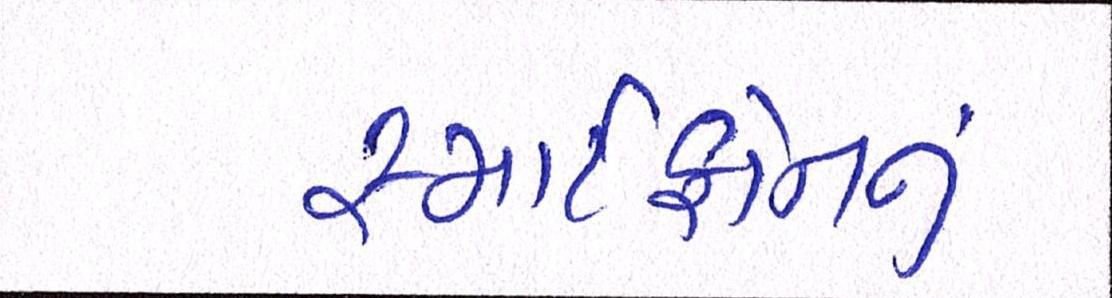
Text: સ્માર્ટફોનનું